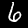
Digit: 6